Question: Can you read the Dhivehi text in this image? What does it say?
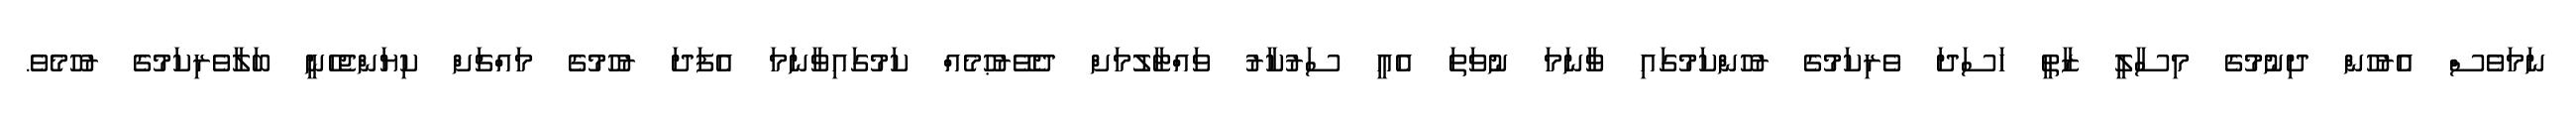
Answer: ނަމަވެސް އެރުހުން ދިނުމުގެ މިސާލީ ޒާތީ ހަސަދަ ވެރިކަމުގެ ރުހުންކަމުގައި ވާނަމަ ނުވަތަ އެއީ ސަރުކާރު ވައްޓާލުމަށް ދެވޭރުޙުމެއް ކަމުގައިވާނަމަ އެފަދަ ރުހުމުގެ މައްޗަށް ކިޔަންޖެހެނީ ބަލާވެރިކަމުގެ ރުހުމެވެ.